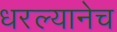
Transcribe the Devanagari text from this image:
धरल्यानेच